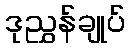
ဒုညွှန်ချုပ်